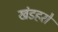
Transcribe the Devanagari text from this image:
खंडहरो